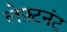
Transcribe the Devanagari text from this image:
लेफ़्टनंट